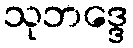
သုဘဒ္ဒေ